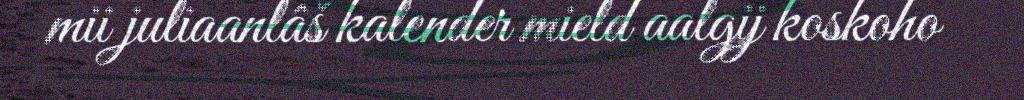
mii juliaanlâš kalender mield aalgij koskoho